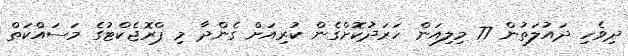
ދިވެހި ދައުލަތުން 77 މިލިއަން ހަރަދުކޮށްގެން ކުރިއަށް ގެންދާ މި ޕްރޮޖެކްޓުގެ މަސައްކަތް